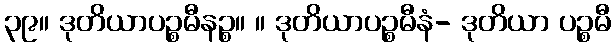
၃၉။ ဒုတိယာပဉ္စမီနဉ္စ။ ။ ဒုတိယာပဉ္စမီနံ- ဒုတိယာ ပဉ္စမီ